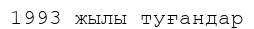
1993 жылы туғандар